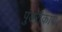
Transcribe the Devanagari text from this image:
पुंडरीकाय